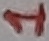
Text: 1